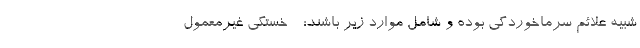
شبیه علائم سرماخوردگی بوده و شامل موارد زیر باشند: - خستگی غیرمعمول